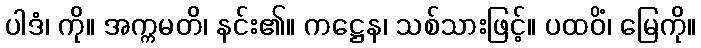
ပါဒံ၊ ကို။ အက္ကမတိ၊ နင်း၏။ ကဋ္ဌေန၊ သစ်သားဖြင့်။ ပထဝိံ၊ မြေကို။